Annual report on the mental hospital in the Central Provinces and Berar (Nagpur) - 1927-1951
Year: 1927
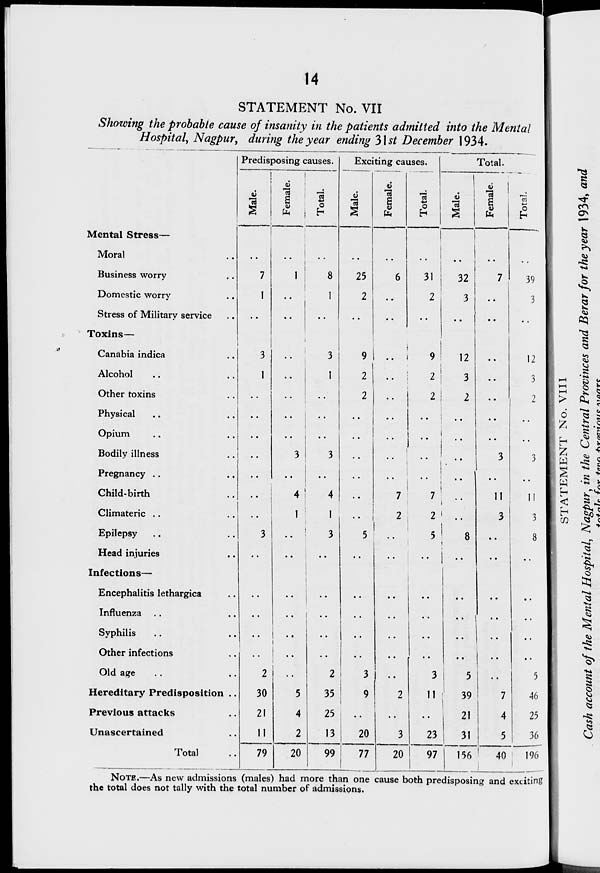
14
STATEMENT No. VII
Showing the probable cause of insanity in the patients admitted into the Mental
Hospital, Nagpur, during the year ending 31st December 1934.
Mental Stress—
Moral ..
Business worry ..
Domestic worry ..
Stress of Military service ..
Toxins—
Canabia indica ..
Alcohol ..
Other toxins ..
Physical ..
Opium ..
Bodily illness ..
Pregnancy ..
Child-birth ..
Climateric ..
Epilepsy ..
Head injuries ..
Infections—
Encephalitis lethargica ..
Influenza ..
Syphilis ..
Other infections ..
Old age ..
Hereditary Predisposition ..
Previous attacks ..
Unascertained ..
Total ..
Predisposing causes.
Male.
..
7
1
..
3
1
..
..
..
..
..
..
..
3
..
..
..
..
..
2
30
21
11
79
Female.
..
1
..
..
..
..
..
..
..
3
..
4
1
..
..
..
..
..
..
..
5
4
2
20
Total.
..
8
1
..
3
1
..
..
..
3
..
4
1
3
..
..
..
..
..
2
35
25
13
99
Exciting causes.
Male.
..
25
2
..
9
2
2
..
..
..
..
..
..
5
..
..
..
..
..
3
9
..
20
77
Female.
..
6
..
..
..
..
..
..
..
..
..
7
2
..
..
..
..
..
..
..
2
..
3
20
Total.
..
31
2
..
9
2
2
..
..
..
..
7
2
5
..
..
..
..
3
11
..
23
97
Total.
Male.
..
32
3
..
12
3
2
..
..
..
..
..
..
8
..
..
..
..
..
5
39
21
31
156
Female.
..
7
..
..
..
..
..
..
..
3
..
11
3
..
..
..
..
..
..
..
7
4
5
40
Total.
..
39
3
..
12
3
2
..
..
3
..
11
3
8
..
..
..
..
..
5
46
25
36
196
NOTE.—As new admissions (males) had more than one cause both predisposing and exciting
the total does not tally with the total number of admissions.